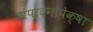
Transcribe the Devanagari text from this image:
संपादनांपेक्षा